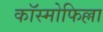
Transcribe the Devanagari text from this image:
कॉस्मोफिल्ला